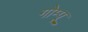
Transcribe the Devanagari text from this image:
गोम्‍पू